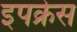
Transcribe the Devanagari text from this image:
इपक्रेस